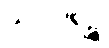
သာဂါရဉ္စ